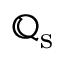
{ \mathfrak { Q } } _ { \mathrm { s } }